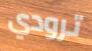
ترودي